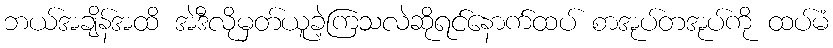
ဘယ်အချိန်အထိ အဲဒီလိုမှတ်ယူခဲ့ကြသလဲဆိုရင်နောက်ထပ် စာအုပ်တအုပ်ကို ထပ်မံ